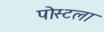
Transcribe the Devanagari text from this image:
पोस्टला